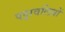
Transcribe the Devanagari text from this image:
पट्टावलियों